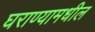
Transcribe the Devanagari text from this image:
घराण्यामधील